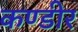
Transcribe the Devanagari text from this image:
कण्डीर